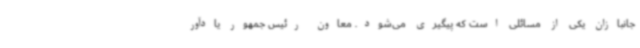
جانبازان یکی از مسائلی است که پیگیری می‌شود. معاون رئیس جمهور یادآور